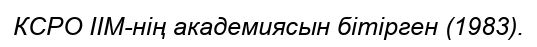
КСРО ІІМ-нің академиясын бітірген (1983).